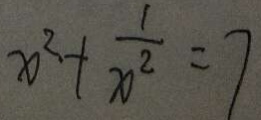
x ^ { 2 } + \frac { 1 } { x ^ { 2 } } = 7